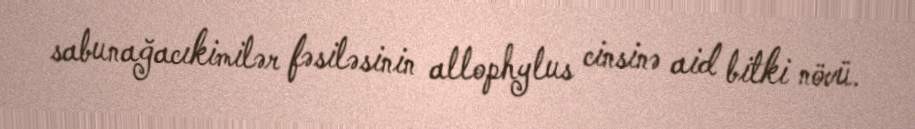
sabunağacıkimilər fəsiləsinin allophylus cinsinə aid bitki növü.